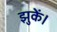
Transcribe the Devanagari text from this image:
झुकें।